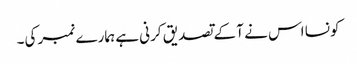
کونسا اس نے آ کے تصدیق کرنی ہے ہمارے نمبر کی۔